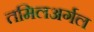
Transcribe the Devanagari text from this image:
तमिलअर्गल